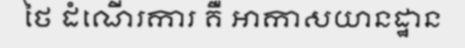
ថៃ ដំណើរការ គឺ អាកាសយានដ្ឋាន